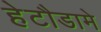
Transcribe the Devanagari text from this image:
हेटौडामे